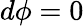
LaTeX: d\phi=0